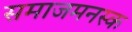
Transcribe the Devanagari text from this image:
समाजमनस्क